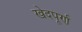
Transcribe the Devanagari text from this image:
खेदपूर्ण